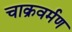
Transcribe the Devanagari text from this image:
चाक्रवर्मण